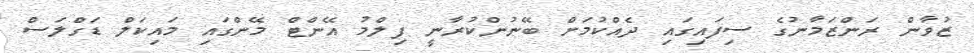
ޒުވާން ރަންޒަމާނުގެ ސިފައިގައި ދެއްކުމަށް ބޭނުންކުރާނީ ފިލްމު އޭންޓް މޭންގައި މައިކަލް ޑަގްލަސް